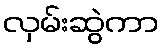
လှမ်းဆွဲကာ